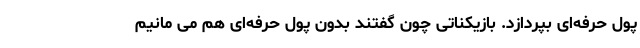
پول حرفه‌ای بپردازد. بازیکناتی چون گفتند بدون پول حرفه‌ای هم می مانیم